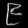
Digit: ၉